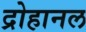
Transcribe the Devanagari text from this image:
द्रोहानल